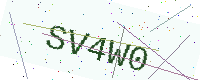
Text: SV4W0